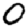
Digit: 0